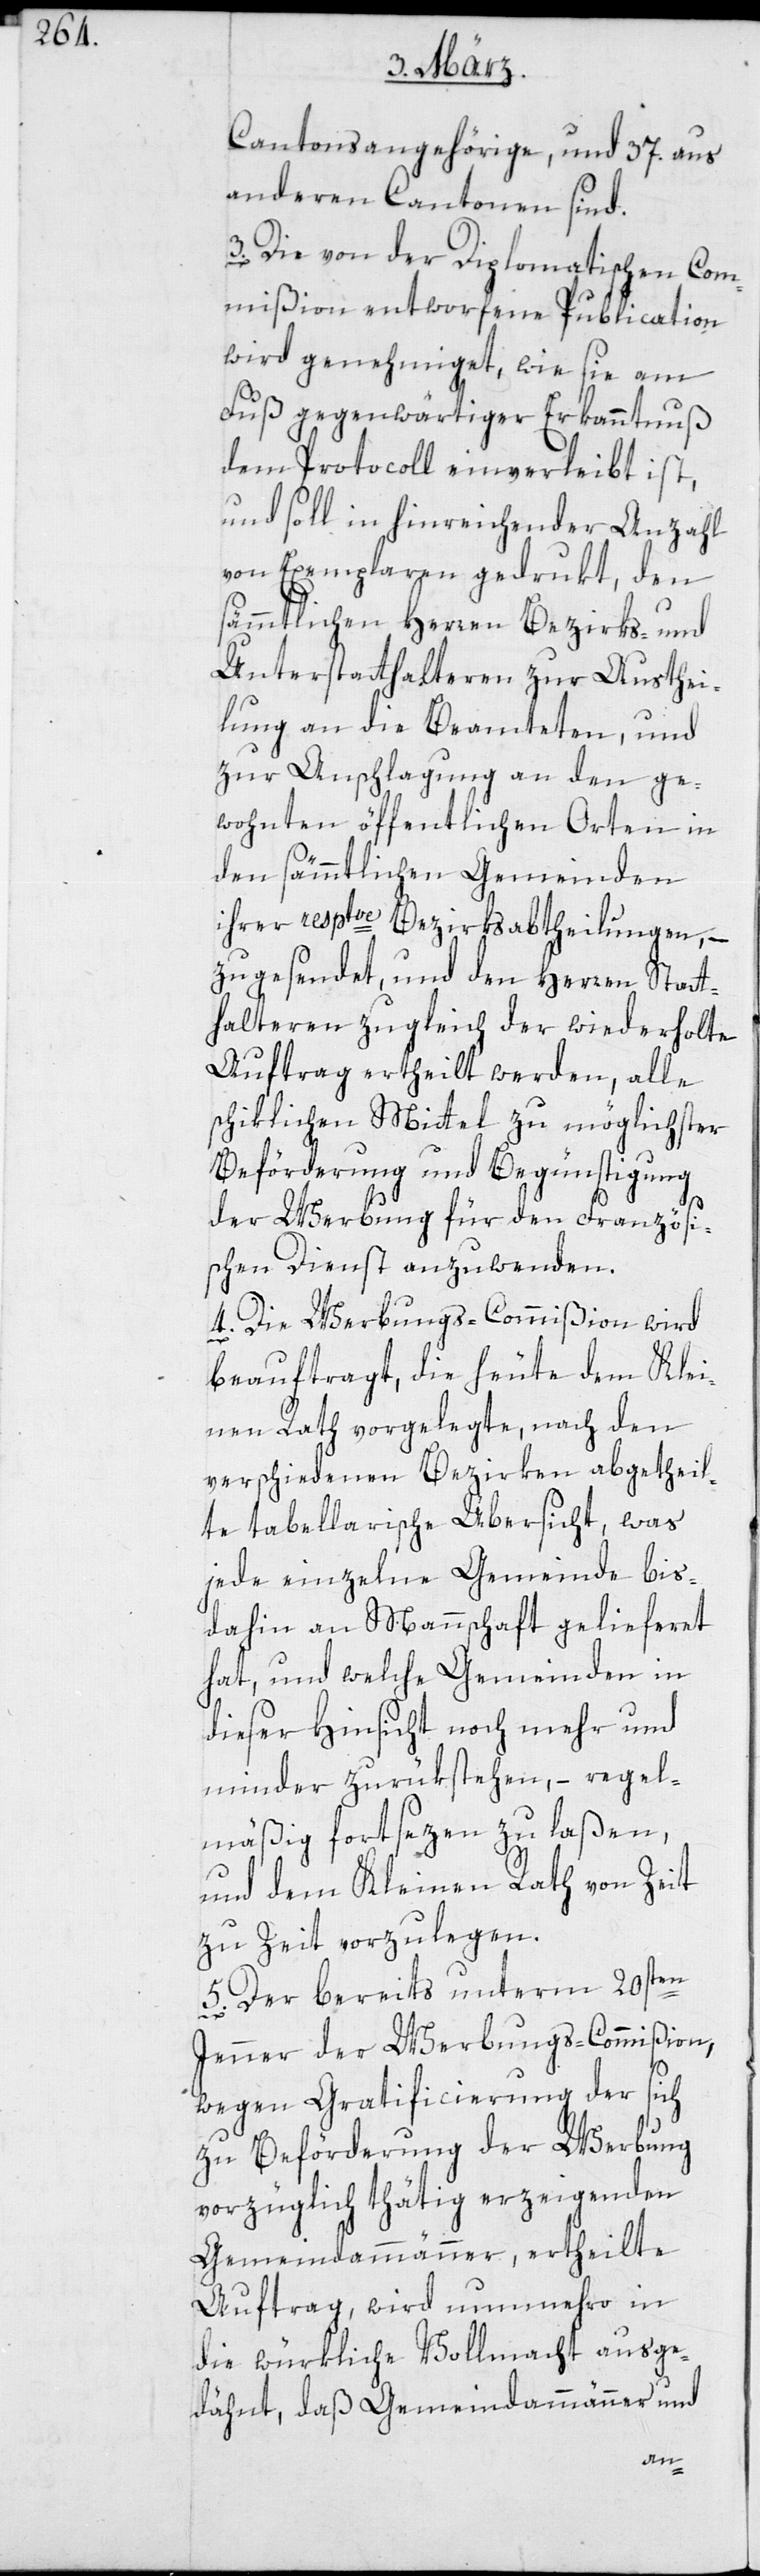
Cantonsangehörige, und 37. aus
anderen Cantonen sind.
3. Die von der Diplomatischen Com¬
mißion entworfene Publication
wird genehmiget, wie sie am
Fuß gegenwärtiger Erkanntnuß
dem Protocoll einverleibt ist,
und soll in hinreichender Anzahl
von Exemplaren gedrukt, den
sämtlichen Herren Bezirks- und
Unterstatthalteren zur Austhei¬
lung an die Beamteten und
zur Anschlagung an den ge¬
wohnten öffentlichen Orten in
den sämmtlichen Gemeinden
ihrer resptve Bezirksabtheilungen, –
zugesendet, und den Herren Statt¬
halteren zulgeich der wiederholte
Auftrag ertheilt werden, alle
schiklichen Mittel zu möglichster
Beförderung und Begünstigung
der Werbung für den Französi¬
schen Dienst anzuwenden.
4. Die Werbungs-Commißion wird
beauftragt, die heute dem Klei¬
nen Rath vorgelegte, nach den
verschiedenen Bezirken abgetheil¬
te tabellarische Übersicht, was
jede einzelne Gemeinde bis
dahin an Mannschaft gelieferet
hat, und welche Gemeinden in
dieser Hinsicht noch mehr und
minder zurükstehen, regel¬
mäßig fortsetzen zu laßen,
und dem Kleinen Rathvon Zeit
zu Zeit vorzulegen.
5. Der bereits unterm 20sten
Jenner der Werbungs-Commißion
wegen Gratificierung der sich
zu Beförderung der Werbung
vorzüglich thätig erzeigenden
Gemeindammänner, ertheilte
Auftrag, wird nunmehro in
die würkliche Vollmacht ausge¬
dähnt, daß Gemeindammänner und